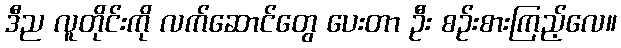
ဒီည လူတိုင်းကို လက်ဆောင်တွေ ပေးတာ ဦး စဉ်းစားကြည့်လေ။